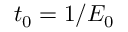
t _ { 0 } = 1 / E _ { 0 }